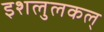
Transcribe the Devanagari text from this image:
इशलुलकल्